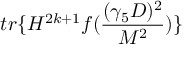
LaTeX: t r \{ H ^ { 2 k + 1 } f ( \frac { ( \gamma _ { 5 } D ) ^ { 2 } } { M ^ { 2 } } ) \}